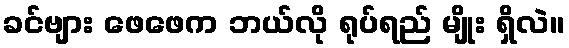
ခင်ဗျား ဖေဖေက ဘယ်လို ရုပ်ရည် မျိုး ရှိလဲ။